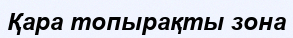
Қара топырақты зона